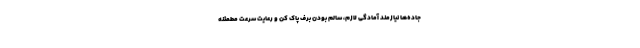
جاده‌ها نیازمند آمادگی لازم، سالم بودن برف پاک کن و رعایت سرعت مطمئنه